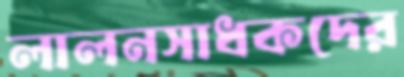
লালনসাধকদের